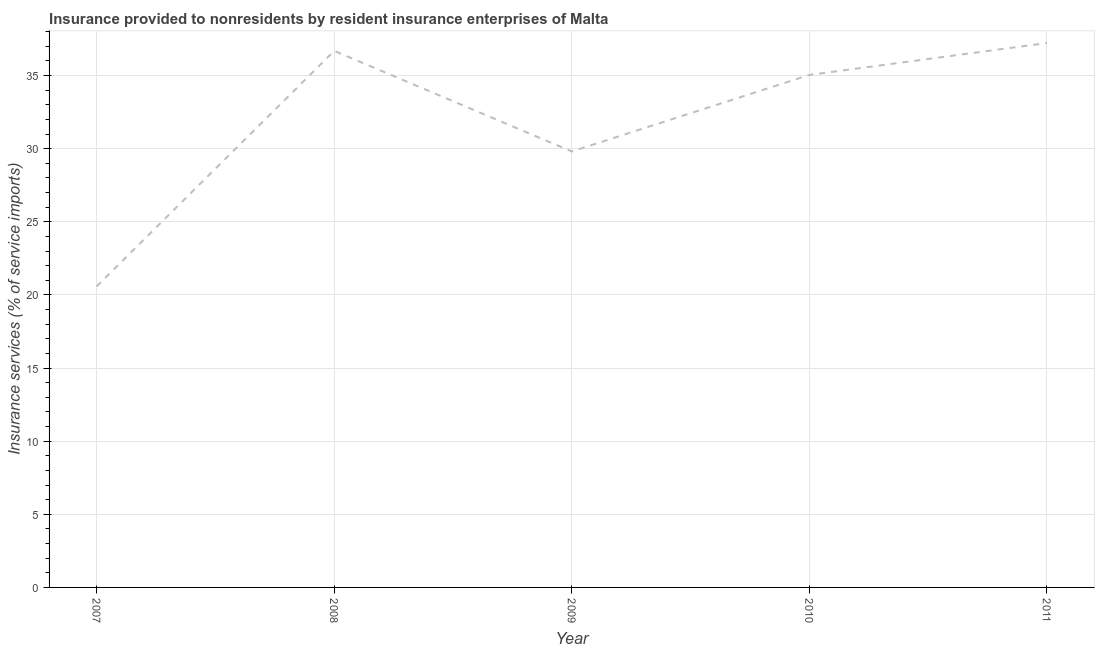
| Year | Insurance and financial services |
 | --- | --- |
 | 2007 | 20.6 |
 | 2008 | 36.7 |
 | 2009 | 29.8 |
 | 2010 | 35 |
 | 2011 | 37.2 |